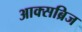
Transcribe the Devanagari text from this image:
आक्सब्रिज